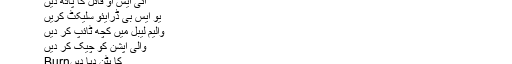
اب آپ آئی ایس او ٹو یو ایس بی کو چلائیں
آئی ایس او فائل کا پاتھ دیں
یو ایس بی ڈرایئو سلیکٹ کریں
والیم لیبل میں کچھ ٹائپ کر دیں
والی آپشن کو چیک کر دیں
کا بٹن دبا دیںBurn
آپکی یو ایس بی تیار ہے اب آپ اس یو ایس بی کے ذریعے کسی بھی کمپیوٹر پر ونڈوز انسٹال کر سکتے ہیں۔